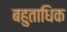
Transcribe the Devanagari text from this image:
बहुताधिक